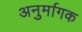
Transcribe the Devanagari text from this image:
अनुर्मागक